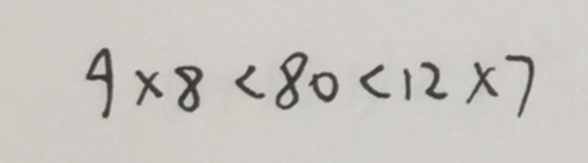
9 \times 8 < 8 0 < 1 2 \times 7